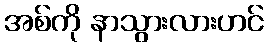
အစ်ကို နာသွားလားဟင်